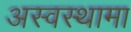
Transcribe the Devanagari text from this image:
अस्वस्थामा